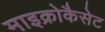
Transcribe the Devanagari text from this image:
माइक्रोकैसेट